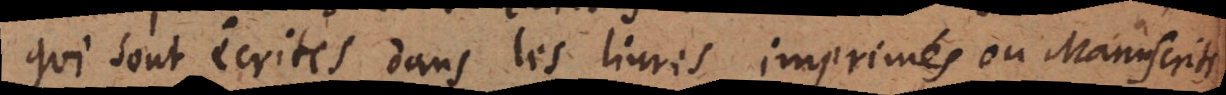
qui sont écrites dans les livres imprimés ou Manuscrits